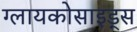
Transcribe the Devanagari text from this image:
ग्लायकोसाइड्‌स